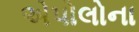
એપોલોના